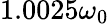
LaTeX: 1.0025\omega_{0}